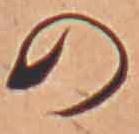
の